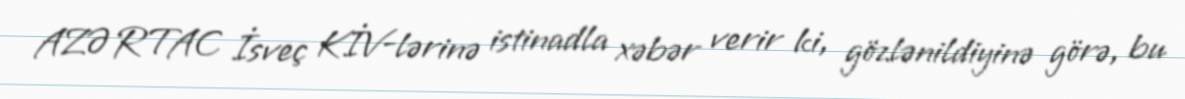
AZƏRTAC İsveç KİV-lərinə istinadla xəbər verir ki, gözlənildiyinə görə, bu